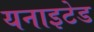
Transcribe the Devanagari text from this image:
यनाइटेड